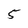
Character: 5